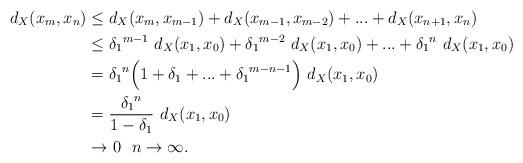
LaTeX: \begin{align*}d_X(x_m,x_n)&\leq d_X(x_m,x_{m-1})+d_X(x_{m-1},x_{m-2})+...+d_X(x_{n+1},x_n)\\&\leq {\delta_1}^{m-1}\ d_X(x_1,x_0)+ {\delta_1}^{m-2}\ d_X(x_1,x_0)+...+ {\delta_1}^n\ d_X(x_1,x_0)\\&= {\delta_1}^n \Big(1+\delta_1 + ...+ {\delta_1}^{m-n-1}\Big)\ d_X(x_1,x_0)\\&= \frac{{\delta_1}^n}{1-\delta_1}\ d_X(x_1,x_0)\\&\rightarrow 0\ \ n\rightarrow \infty. \end{align*}